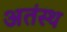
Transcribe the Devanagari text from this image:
अतंस्थ